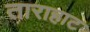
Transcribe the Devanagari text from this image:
ताराहाट